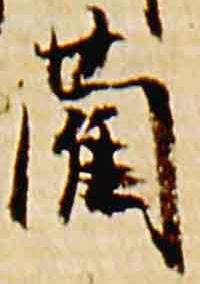
藺